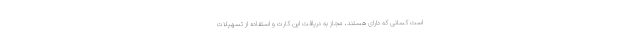
است کسانی که دارای هستند، مجاز به دریافت این کارت و استفاده از تسهیلات